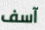
آسف